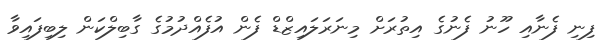
ފިނި ފެނާއި ހޫނު ފެނުގެ އިތުރަށް މިނަރަލައިޒްޑް ފެން އުފެއްދުމުގެ ގާބިލްކަން ލިބިފައިވާ